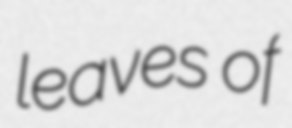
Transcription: leaves of